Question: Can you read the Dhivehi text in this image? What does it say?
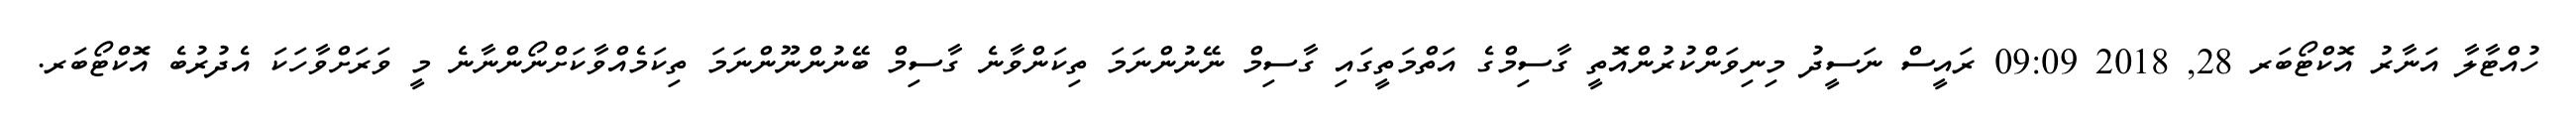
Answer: ހުއްޓާލާ އަނާރު އޮކްޓޯބަރ 28, 2018 09:09 ރައީސް ނަސީދު މިނިވަންކުރުންއޮތީ ގާސިމްގެ އަތްމަތީގައި ގާސިމް ނޭނުންނަމަ ތިކަންވާނެ ގާސިމް ބޭނުންނޫންނަމަ ތިކަމެއްވާކަށްނޯންނާނެ މީ ވަރަށްވާހަކަ އެދުރުބެ އޮކްޓޯބަރ.